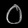
Digit: ၀